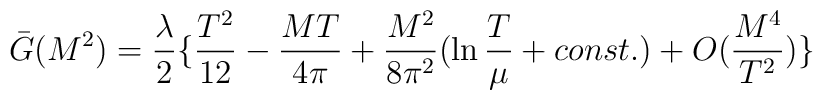
\bar{G}(M^2) = {\lambda\over 2}\{ {T^2\over 12} - {MT\over 4\pi} + {M^2\over 8\pi^2}(\ln{T\over {\mu}} + const.)  + O({M^4\over T^2})\}